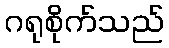
ဂရုစိုက်သည်